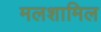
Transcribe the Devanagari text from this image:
मलशामिल